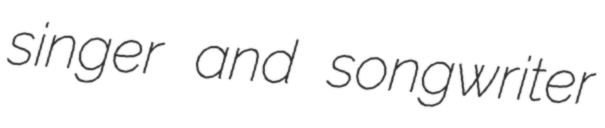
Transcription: singer and songwriter